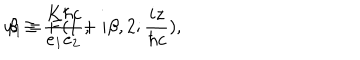
u _ { 1 } = F ( 1 + i { \beta } , 2 ; \frac { i z } { { \hbar } c } ) , \hspace { 1 c m } \beta \equiv \frac { K { \hbar } c } { e _ { 1 } e _ { 2 } } ,